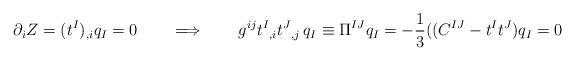
LaTeX: \begin{align*}\partial_i Z=(t^I) _{,i}q_I =0 \qquad \Longrightarrow \qquad g^{ij}t^I{}_{,i} t^J{}_{,j} \,q_I\equiv \Pi ^{IJ} q_I = -{1\over 3} ((C^{IJ} - t^I t^J)q_I =0 \end{align*}